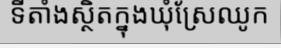
ទីតាំងស្ថិតក្នុងឃុំស្រែឈូក